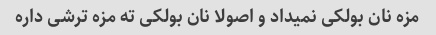
مزه نان بولکی نمیداد و اصولا نان بولکی ته مزه ترشی داره